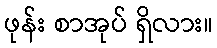
ဖုန်း စာအုပ် ရှိလား။